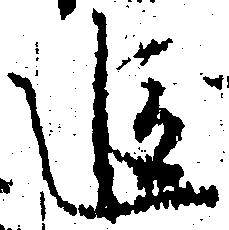
追